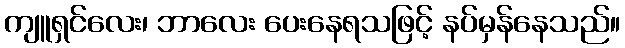
ကျူရှင်လေး၊ ဘာလေး ပေးနေရသဖြင့် နပ်မှန်နေသည်။